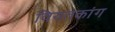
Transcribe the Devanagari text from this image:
वियतकांग